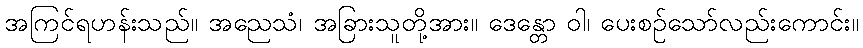
အကြင်ရဟန်းသည်။ အညေသံ၊ အခြားသူတို့အား။ ဒေန္တော ဝါ၊ ပေးစဉ်သော်လည်းကောင်း။